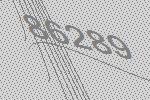
86289